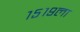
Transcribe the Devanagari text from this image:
१५१९ला